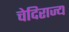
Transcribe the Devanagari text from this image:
चेदिराज्य